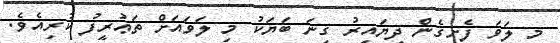
މި ލަވަ ފެށިގެން ދިޔައިރު ގިނަ ބަޔަކު މި ލަވައަށް ތަޢުރީފު ކުރިއެވެ.